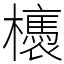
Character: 𣟊